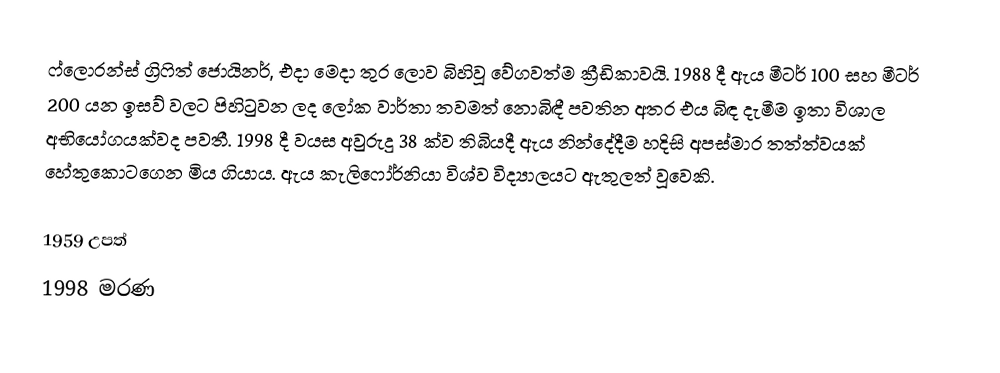
ෆ්ලොරන්ස් ග්‍රිෆිත් ජොයිනර්, එදා මෙදා තුර ලොව බිහිවූ වේගවත්ම ක්‍රීඩිකාවයි. 1988 දී ඇය මීටර් 100 සහ මීටර් 200 යන ඉසව් වලට පිහිටුවන ලද ලෝක වාර්තා තවමත් නොබිඳී පවතින අතර එය බිඳ දැමීම ඉතා විශාල අභියෝගයක්වද පවතී. 1998 දී වයස අවුරුදු 38 ක්ව තිබියදී ඇය නින්දේදීම හදිසි අපස්මාර තත්ත්වයක් හේතුකොටගෙන මිය ගියාය. ඇය කැලිෆෝර්නියා විශ්ව විද්‍යාලයට ඇතුලත් වූවෙකි.

1959 උපත්
1998 මරණ